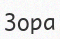
Зора